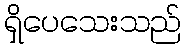
ရှိပေသေးသည်